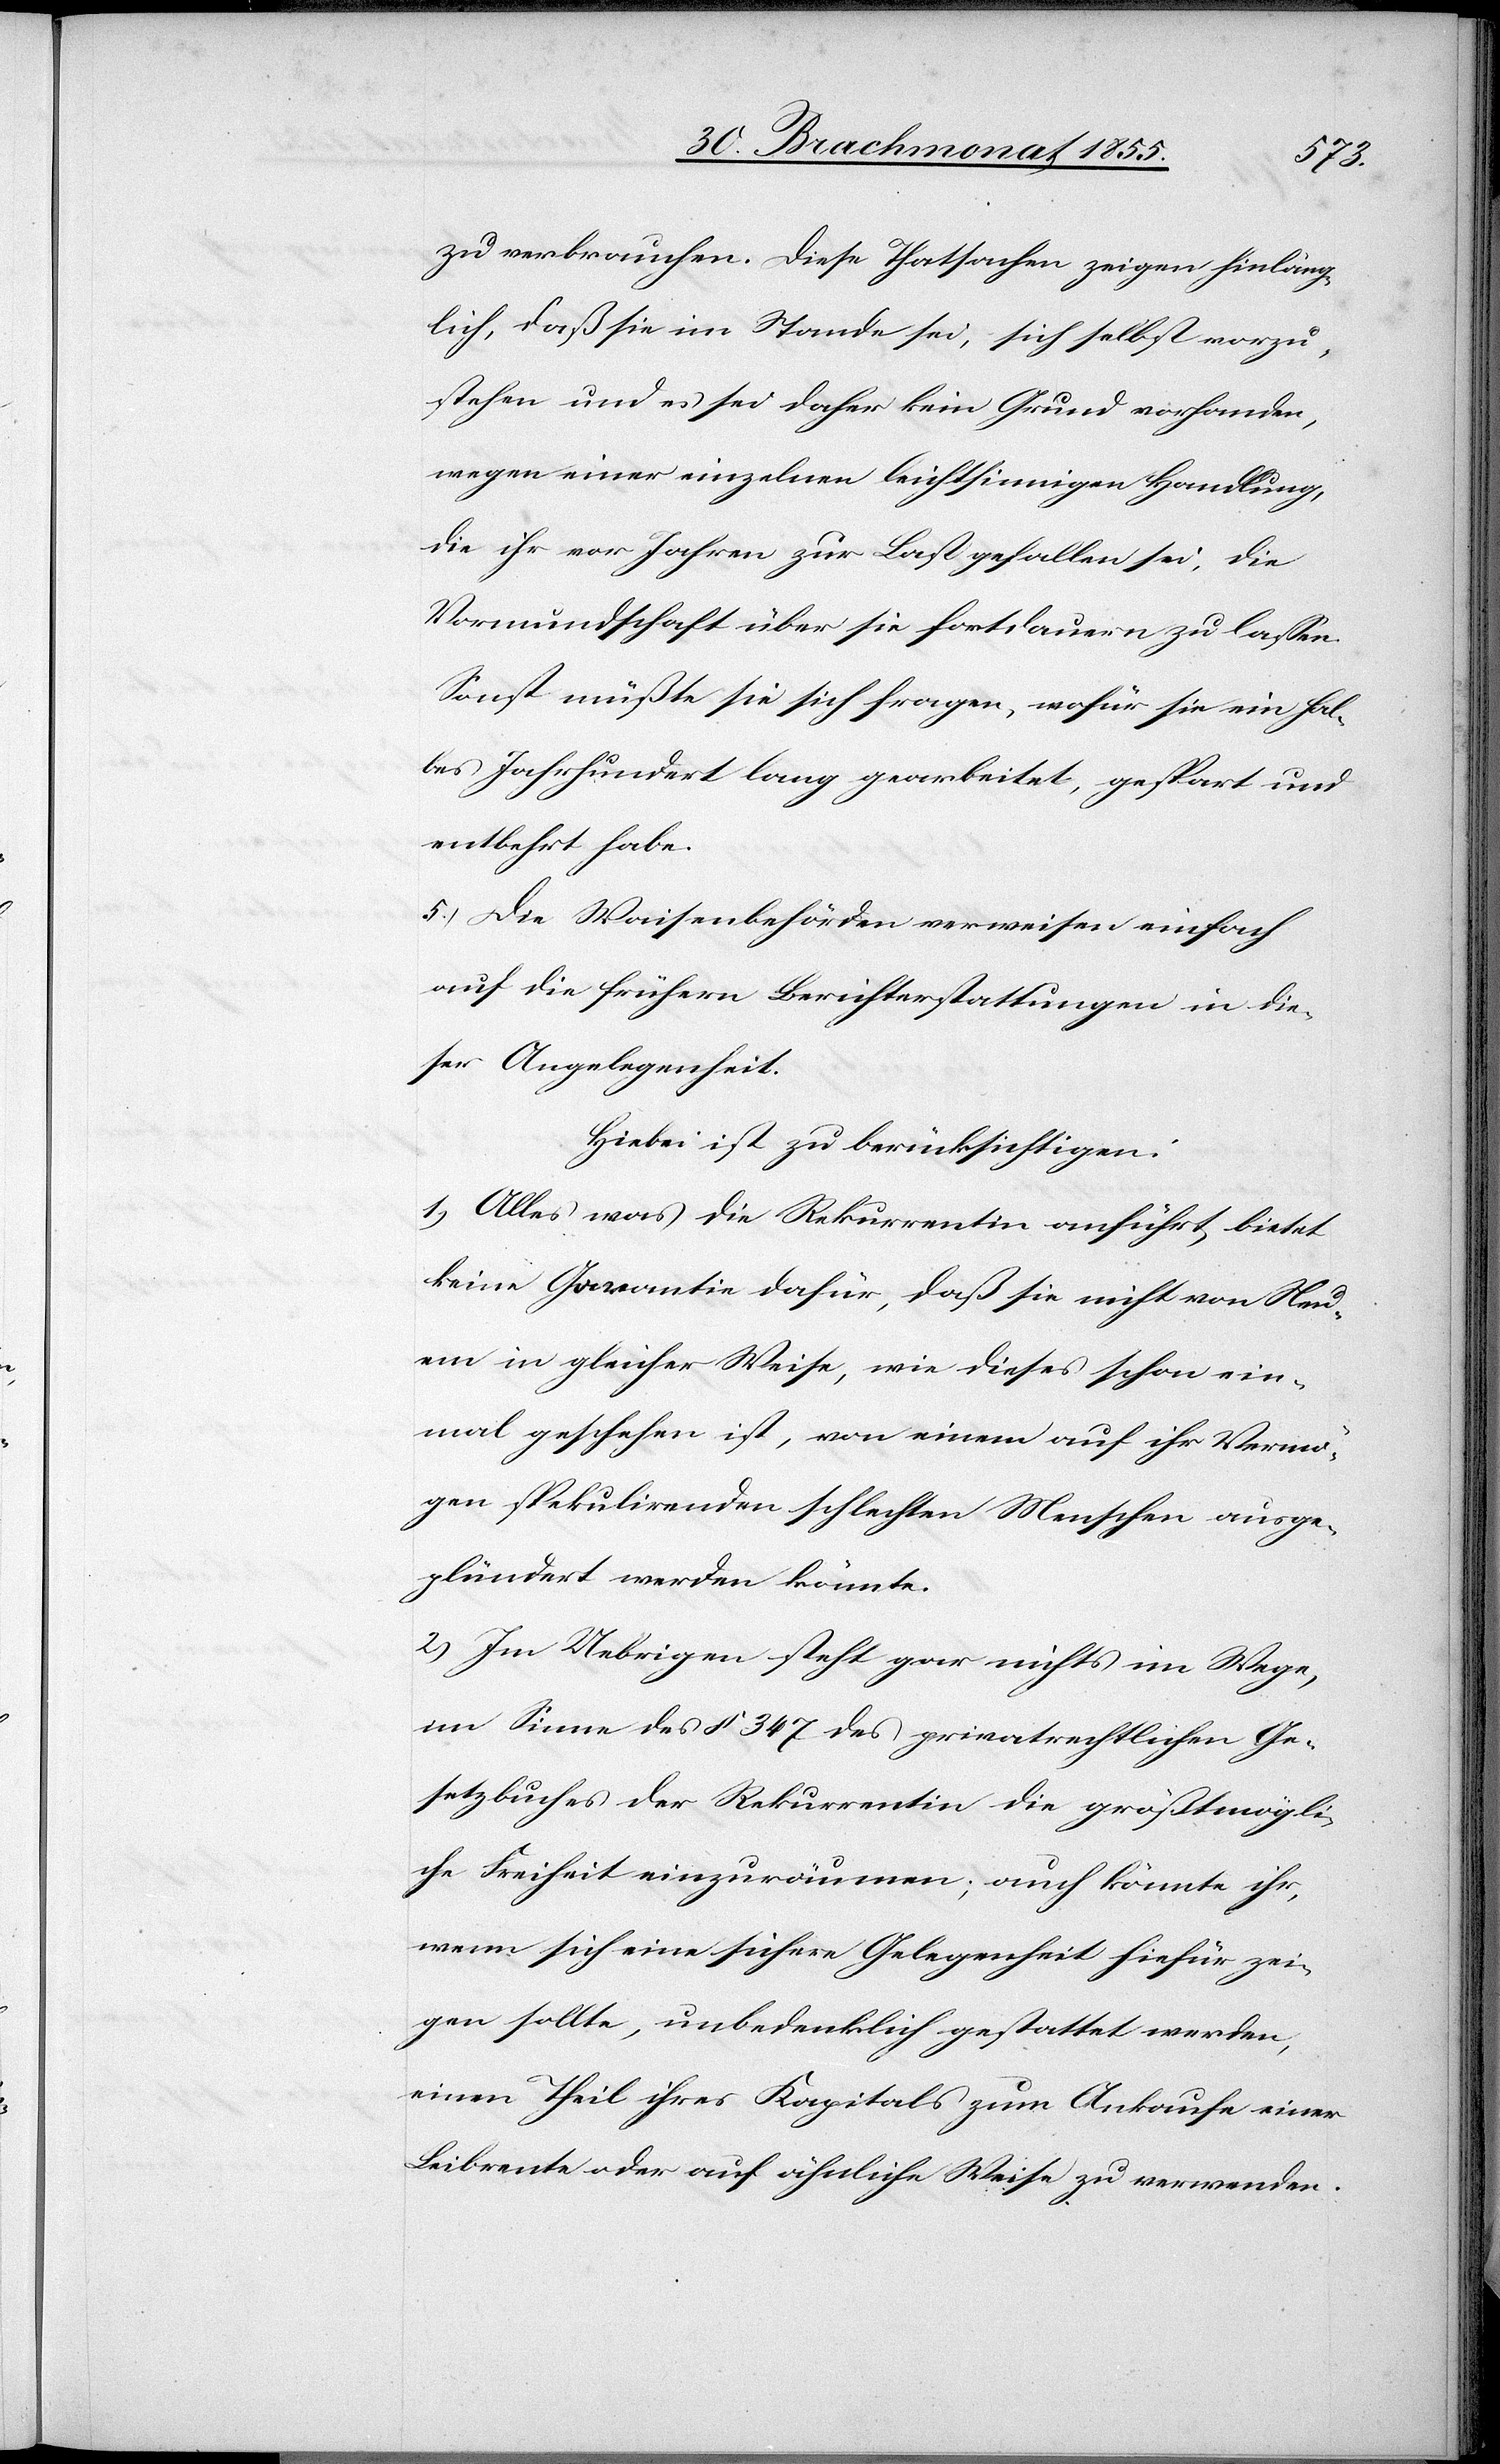
zu verbrauchen. Diese Thatsachen zeigen hinläng¬
lich, daß sie im Stande sei, sich selbst vorzu¬
stehen und es sei daher kein Grund vorhanden,
wegen einer einzelnen leichtsinnigen Handlung,
die ihr vor Jahren zur Last gefallen sei, die
Vormundschaft über sie fortdauern zu lassen.
Sonst müßte sie sich fragen, wofür sie ein hal¬
bes Jahrhundert lang gearbeitet, gespart und
entbehrt habe.
5.) Die Waisenbehörden verweisen einfach
auf die frühern Berichterstattungen in die¬
ser Angelegenheit.
Hiebei ist zu berücksichtigen:
1.) Alles was die Rekurrentin anführt, bietet
keine Garantie dafür, daß sie nicht von Neu¬
em in gleicher Weise, wie dieses schon ein¬
mal geschehen ist, von einem auf ihr Vermö¬
gen spekulirenden schlechten Menschen ausge¬
plündert werden könnte.
2) Im Uebrigen steht gar nichts im Wege,
im Sinne des § 347 des privatrechtlichen Ge¬
setzbuches der Rekurrentin die größtmögli¬
che Freiheit einzuräumen; auch könnte ihr,
wenn sich eine sichere Gelegenheit hiefür zei¬
gen sollte, unbedenklich gestattet werden,
einen Theil ihres Kapitals zum Ankaufe einer
Leibrente oder auf ähnliche Weise zu verwenden.